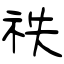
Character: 祑